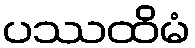
ပဿထိမံ